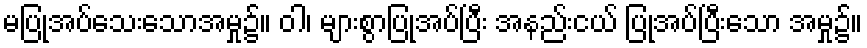
မပြုအပ်သေးသောအမှု၌။ ဝါ၊ များစွာပြုအပ်ပြီး အနည်းငယ် ပြုအပ်ပြီးသော အမှု၌။